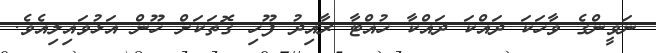
ނަވީންގެ ވާހަކަ ދައްކަ ދައްކާ ހުއްޓާ ރާއިދު ފޫހި ގޮތަކަށް ހޫން އަޅުވައިލިއެވެ.